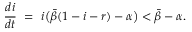
\frac { d i } { d t } \ = \ i \big ( \bar { \beta } ( 1 - i - r ) - \alpha \big ) < \bar { \beta } - \alpha .